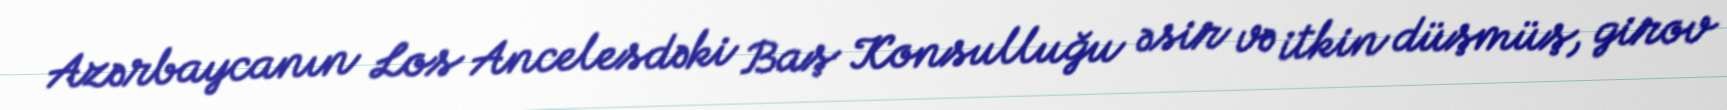
Azərbaycanın Los Ancelesdəki Baş Konsulluğu əsir və itkin düşmüş, girov